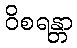
ဝိစရန္တာ